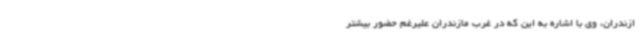
ازندران، وی با اشاره به این که در غرب مازندران علیرغم حضور بیشتر